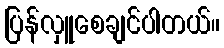
ပြန်လှူစေချင်ပါတယ်။